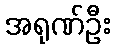
အရုဏ်ဦး